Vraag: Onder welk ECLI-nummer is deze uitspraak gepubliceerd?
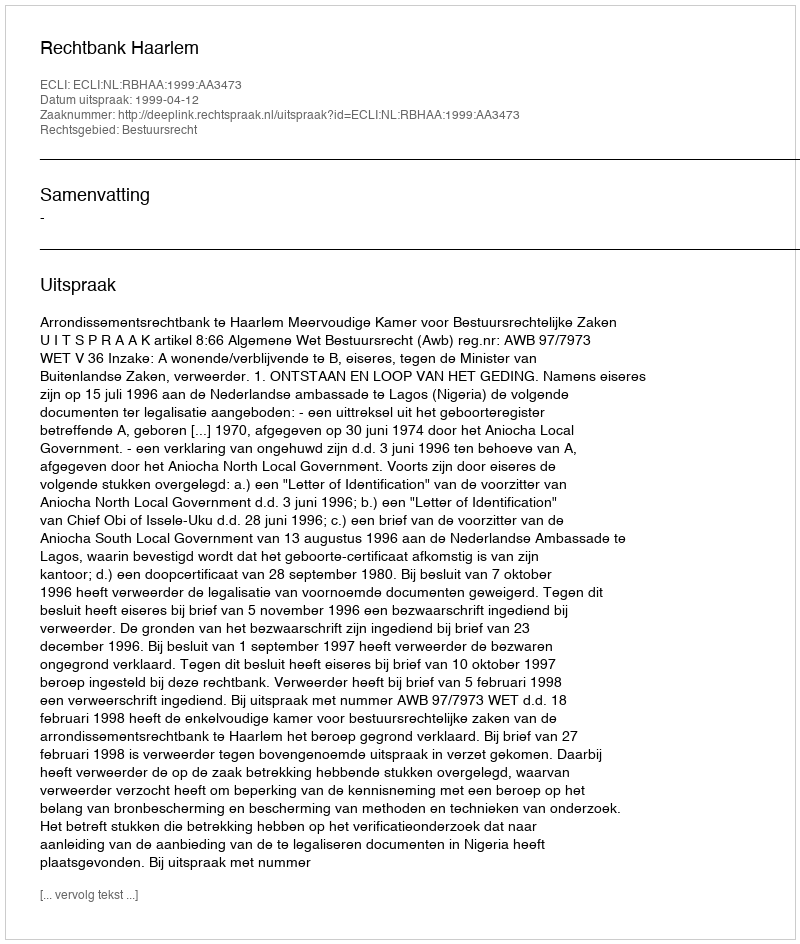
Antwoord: ECLI:NL:RBHAA:1999:AA3473